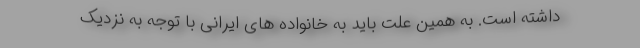
داشته است. به همین علت باید به خانواده های ایرانی با توجه به نزدیک